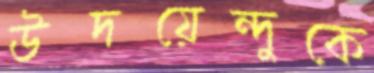
উদয়েন্দুকে